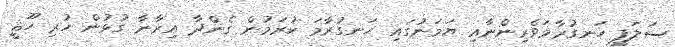
ސަލަފީ ހަނގުރާމަވެރިންނާއި ޔަމަނުގައި ހަނގުރާމަ ކުރަމުން ގެންދާ އިރާނާ ގުޅުން ހުރި ހޫޘީ